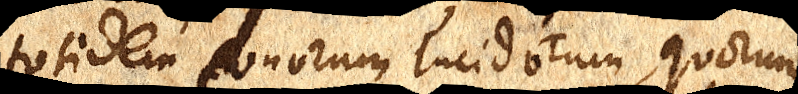
totidem conorum lucidorum, quorum